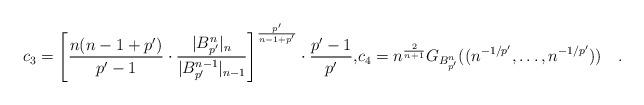
LaTeX: \begin{align*}c_3=\left[\frac{n(n-1+p')}{p'-1}\cdot\frac{|B_{p'}^n|_n}{|B_{p'}^{n-1}|_{n-1}}\right]^{\frac{p'}{n-1+p'}}\cdot\frac{p'-1}{p'},& c_4=n^{\frac{2}{n+1}}G_{B_{p'}^n}((n^{-1/p'},\dots,n^{-1/p'}))\quad.\end{align*}